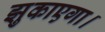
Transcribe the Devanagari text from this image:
झुकाएगा।